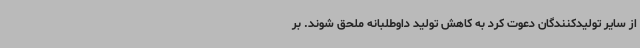
از سایر تولیدکنندگان دعوت کرد به کاهش تولید داوطلبانه ملحق شوند. بر